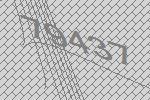
79437